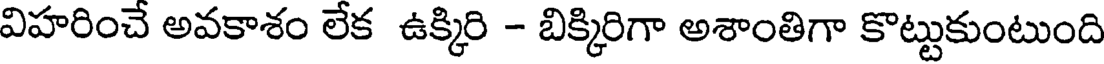
విహరించే అవకాశం లేక ఉక్కిరి - బిక్కిరిగా అశాంతిగా కొట్టుకుంటుంది